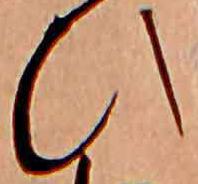
ひ